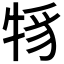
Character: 𤙪